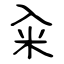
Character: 籴